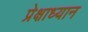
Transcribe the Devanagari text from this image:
प्रेक्षाध्यान